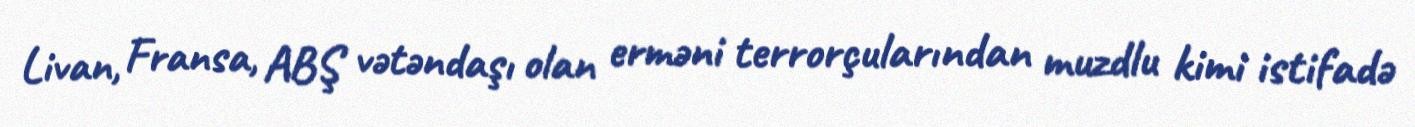
Livan, Fransa, ABŞ vətəndaşı olan erməni terrorçularından muzdlu kimi istifadə